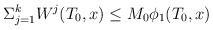
LaTeX: \begin{align*}\Sigma_{j=1}^kW^j(T_0,x)\leq M_0\phi_1(T_0,x)\end{align*}